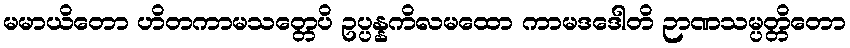
မမာယိတော ဟိတကာမသတ္တေပိ ဥပ္ပန္နကိလမထော ကာမဒဒေါတိ ဉာဏသမ္ပတ္တိတော